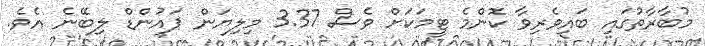
މުބާރާތުގައި ބައިވެރިވާ ކޮންމެ ޓީމަކަށް ވެސް 3.37 މިލިޔަން ޕައުންޑް ލިބޭނެ އެވެ.